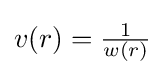
{\textstyle v(r)={\frac {1}{w(r)}}}